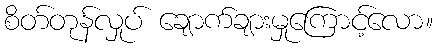
စိတ်တုန်လှုပ် ချောက်ချားမှုကြောင့်လော။